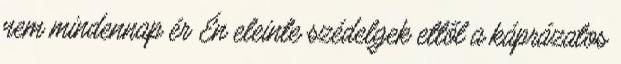
nem mindennap ér Én eleinte szédelgek ettől a káprázatos